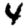
Digit: 4